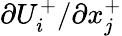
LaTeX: {{\partial}U_{i}^{+}}/{{\partial}x_{j}^{+}}